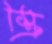
স্ক্রি